Annual report on the working of the mental hospitals in the Madras Presidency - 1912-1932
Year: 1912
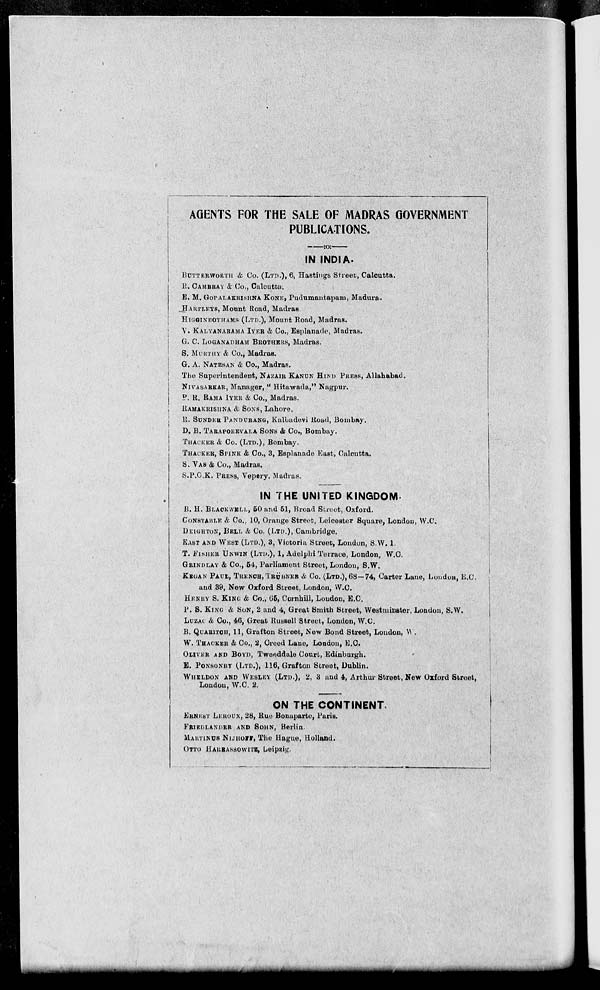
AGENTS FOR THE SALE OF MADRAS GOVERNMENT
PUBLICATIONS.
IN INDIA.
BUTTERWORTH & Co. (LTD.), 6, Hastings Street, Calcutta.
R. CAMBRAY & Co., Calcutta.
E. M. GOPALAKRISHNA KONE, Pudumantapam, Madura.
HARTLEYS, Mount Road, Madras.
HIGGINBOTHAMS (LTD.), Mount Road, Madras.
V. KALYANARAMA IYER & Co., Esplanade, Madras.
G. C. LOGANADHAM BROTHERS, Madras.
S. MURTHY & Co., Madras.
G. A. NATESAN & Co., Madras.
The Superintendent, NAZAIR KANUN HIND PRESS, Allahabad.
NIVASARKAR, Manager, " Hitawada," Nagpur.
P. R. RAMA IYER & Co., Madras.
RAMAKRISHNA & SONS, Lahore.
R. SUNDER PANDURANG, Kalbadevi Road, Bombay.
D. B. TARAPOREVALA SONS & Co., Bombay.
THACKER & Co. (LTD.), Bombay.
THACKER, SPINK & Co., 3, Esplanade East, Calcutta.
.
S. VAS & Co., Madras.
S.P.C.K. PRESS, Vepery. Madras.
IN THE UNITED KINGDOM.
B. H. BLACKWELL, 50 and 51, Broad Street, Oxford.
CONSTABLE & Co., 10, Orange Street, Leicester Square, London, W.C.
DEIGHTON, BELL & Co. (LTD.), Cambridge.
EAST AND WEST (LTD.), 3, Victoria Street, London, S.W. 1.
T. FISHER UNWIN (LTD.), 1, Adelphi Terrace, London, W.C.
GRINDLAY & Co., 54, Parliament Street, London, S.W.
KEGAN PAUL, TRENCH, TRÜBNER & Co. (LTD.), 68—74, Carter Lane, London, E.C.
and 39, New Oxford Street, London, W.C.
HENRY S. KING & Co., 65, Cornhill, London, E.C.
P. S. KING & SON, 2 and 4, Great Smith Street, Westminster, London, S.W.
LUZAC & Co., 46, Great Russell Street, London, W.C.
B. QUARITCH, 11, Grafton Street, New Bond Street, London,
W. THACKER & Co., 2, Creed Lane, London, E.C.
OLIVER AND BOYD, Tweeddale Court, Edinburgh.
E. PONSONBY (LTD.), 116, Grafton Street, Dublin.
WHELDON AND WESLEY (LTD.), 2, 3 and 4, Arthur Street, New Oxford Street,
London, W.C. 2.
ON THE CONTINENT
ERNEST LEROUX, 28, Rue Bonaparte, Paris.
FRIEDLANDER AND SOHN, Berlin.
MARTINUS NIJHOFF, The Hague, Holland.
OTTO HARBASSOWITZ, Leipzig.